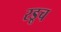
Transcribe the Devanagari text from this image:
रडूच